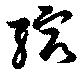
縮